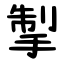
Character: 掣